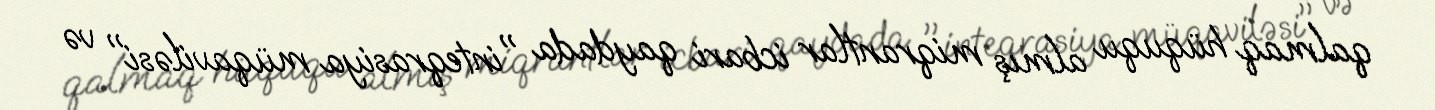
qalmaq hüququ almış miqrantlar icbari qaydada "inteqrasiya müqaviləsi" və